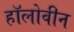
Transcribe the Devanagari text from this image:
हॉलोवीन